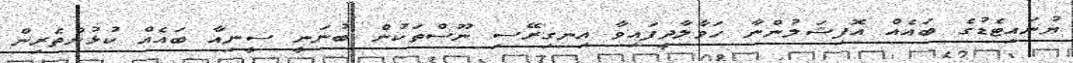
ޔުނައިޓެޑުގެ ބައެއް އޮފިޝަލުންނާ ހަވާލާދީފައިވާ އިނގިރޭސި ނޫސްތަކުން ބުނަނީ ސީނިއާ ބައެއް ކުޅުންތެރިން